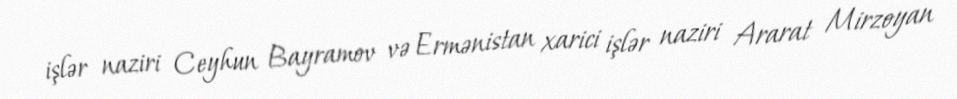
işlər naziri Ceyhun Bayramov və Ermənistan xarici işlər naziri Ararat Mirzoyan